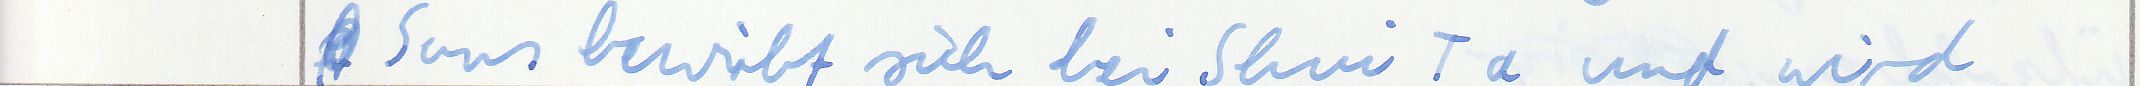
Suns bewirbt sich bei Shui Ta und wird